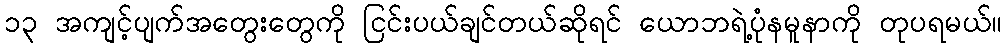
၁၃ အကျင့်ပျက်အတွေးတွေကို ငြင်းပယ်ချင်တယ်ဆိုရင် ယောဘရဲ့ပုံနမူနာကို တုပရမယ်။